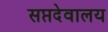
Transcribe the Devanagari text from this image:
सप्तदेवालय